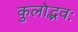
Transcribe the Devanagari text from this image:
कुलोद्भवः